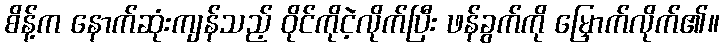
စိန့်က နောက်ဆုံးကျန်သည့် ဝိုင်ကိုငဲ့လိုက်ပြီး ဖန်ခွက်ကို မြှောက်လိုက်၏။